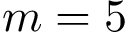
m = 5